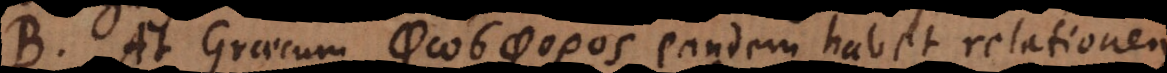
At Graecum ϕω σϕορος eandem habet relationem